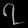
Digit: ၇